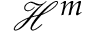
{ \mathcal { H } } ^ { m }